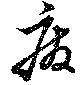
廢